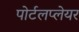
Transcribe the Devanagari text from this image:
पोर्टलप्लेयर